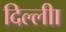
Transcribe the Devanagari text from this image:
दिल्लीा